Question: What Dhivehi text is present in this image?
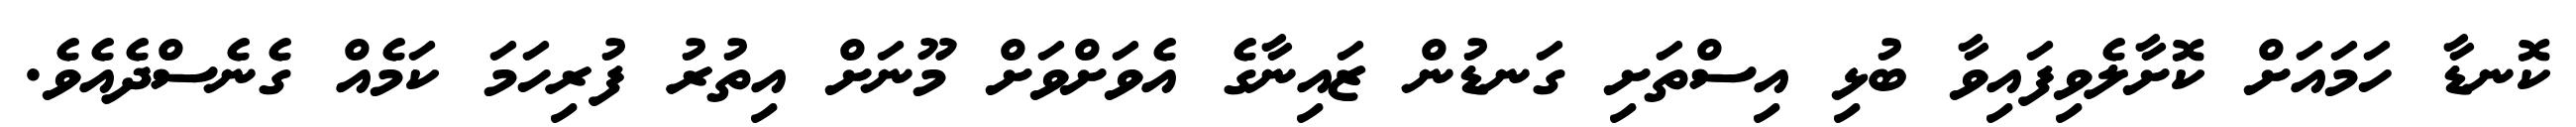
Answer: ކޮނޑާ ހަމައަށް ކޮށާލެވިފައިވާ ބުޅި އިސްތަށި ގަނޑުން ޒައިނާގެ އެވަށްވަށް މޫނަށް އިތުރު ފުރިހަމަ ކަމެއް ގެނެސްދެއެވެ.